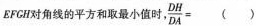
EFCH对角线的平方和取最小值时， $$\frac { D H } { D A } =$$ ()